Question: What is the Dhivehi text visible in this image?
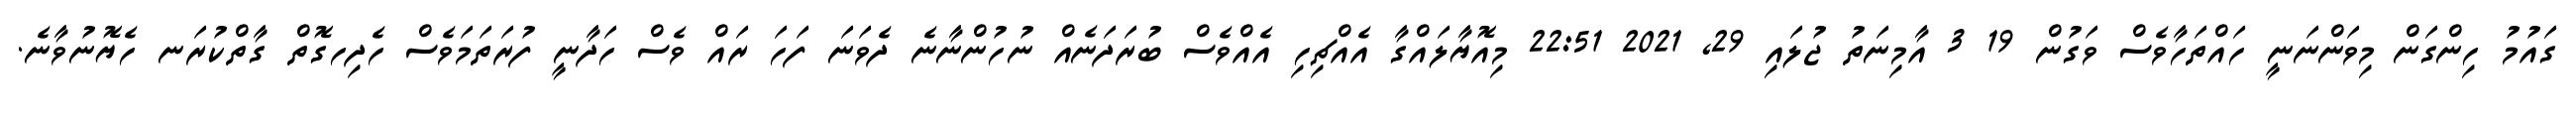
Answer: ގައުމު ހިންގަން މިވަންނަނީ ހައްތަހާވެސް ވަގުން 19 3 އާމިނަތު ޖުލައި 29, 2021 22:51 މިއޮޔާލައްގާ އެއްޗިހި އެއްވެސް ބުރަދަނެއް ނުހުންނާނެ ދެވަނަ ފަހަ ރައް ވެސް ހަދާނީ ފުރަތަމަވެސް ހެދިހގޮތް ގާތްކުރަނ ހެޔޮނުވާނެ.